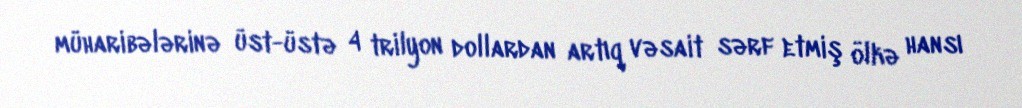
müharibələrinə üst-üstə 4 trilyon dollardan artıq vəsait sərf etmiş ölkə hansı